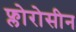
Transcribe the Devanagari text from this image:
फ्लोरोसीन